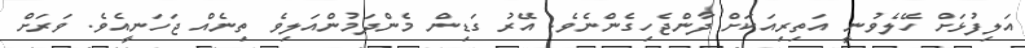
އަލިފުޅަށް ހޭލެވުނީ އަތިރިއަކަށް ދާންޖެހިގެންނެވެ. އޭރު ގަޑިން މެންދަމުންއަލިވެ ތިނެއް ޖަހަނީއެވެ. ވަރަށް